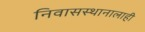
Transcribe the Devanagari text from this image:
निवासस्थानालाही